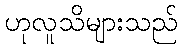
ဟုလူသိများသည်